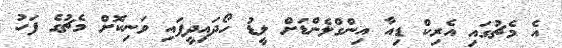
އެ މެޗުގައި އެރިކް ޑިއާ އިންގްލެންޑަށް ލީޑު ހޯދައިދީފައި ވަނިކޮށް މެޗުގެ ފަހު